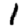
Digit: 1